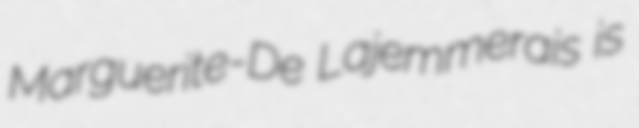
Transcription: Marguerite-De Lajemmerais is